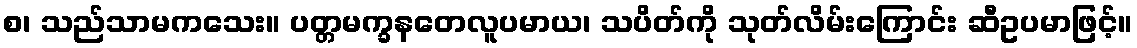
စ၊ သည်သာမကသေး။ ပတ္တမက္ခနတေလူပမာယ၊ သပိတ်ကို သုတ်လိမ်းကြောင်း ဆီဥပမာဖြင့်။